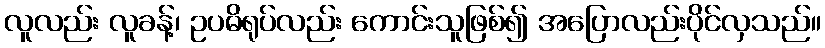
လူလည်း လူခန့်၊ ဥပဓိရုပ်လည်း ကောင်းသူဖြစ်၍ အပြောလည်းပိုင်လှသည်။